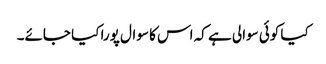
کیا کوئی سوالی ہے کہ اس کا سوال پورا کیا جائے۔